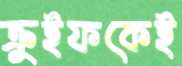
ক্রুইফকেই